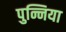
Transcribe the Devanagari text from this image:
पुन्निया